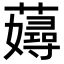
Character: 𧁘